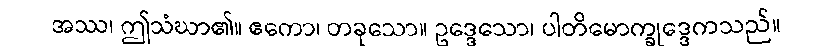
အဿ၊ ဤသံဃာ၏။ ဧကော၊ တခုသော။ ဥဒ္ဒေသော၊ ပါတိမောက္ခုဒ္ဒေကသည်။